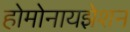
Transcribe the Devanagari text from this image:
होमोनायझेशन